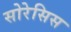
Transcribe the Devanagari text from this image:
सोरेसिस